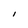
Character: I